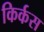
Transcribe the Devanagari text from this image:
किर्कस